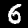
Label: 6